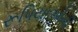
રૂપિયાઓની